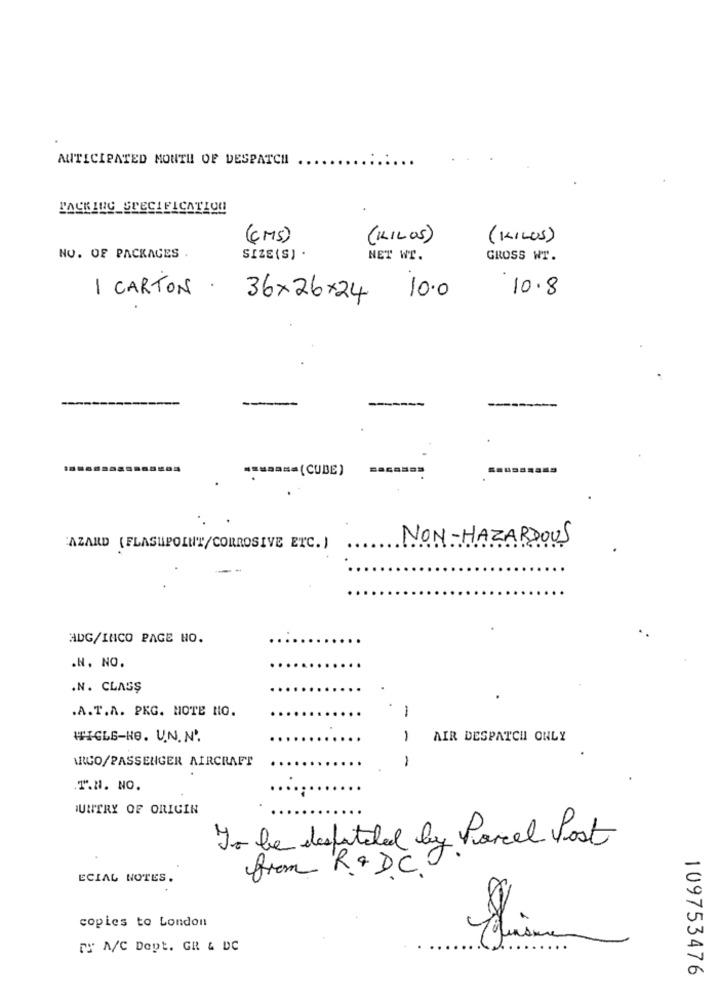
MITICIPATED MOUTH OF DESPATCH
(CMS)
(KILOS)
(KILOS)
NO. OF PACKAGES .
SIZE(S) .
NET WT.
GROSS WT.
10.8
1 CARTON
36x26x24
10.0
=== (CUBE )
NON-HAZARDOUS
'AZARD (FLASHPOINT/CORROSIVE ETC. )
ADG/INCO PAGE HO.
.N. NO.
.N. CLASS
.A.T.A. PKG. HOTE NO.
-
WHIGLE-HO. U.N. N'.
1
AIR DESPATCHI ONLY
ARCO/PASSENGER AIRCRAFT
-
.T.N. NO.
JUNITRY OF ORIGIN
To be despiteled by Parcel Post
ECIAL NOTES.
from R& D.C.
copies to London
TY A/C Dept. GR & DC
109753476